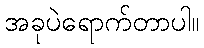
အခုပဲရောက်တာပါ။